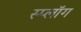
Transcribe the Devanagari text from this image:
स्प्लॉग